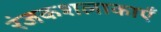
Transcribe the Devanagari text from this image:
रंजकशलाकाएँ